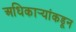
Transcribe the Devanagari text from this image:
अधिकार्‍यांकडून